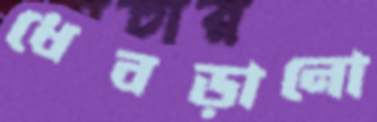
ধেবড়ানো